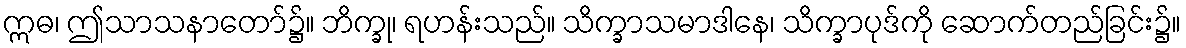
ဣဓ၊ ဤသာသနာတော်၌။ ဘိက္ခု၊ ရဟန်းသည်။ သိက္ခာသမာဒါနေ၊ သိက္ခာပုဒ်ကို ဆောက်တည်ခြင်း၌။